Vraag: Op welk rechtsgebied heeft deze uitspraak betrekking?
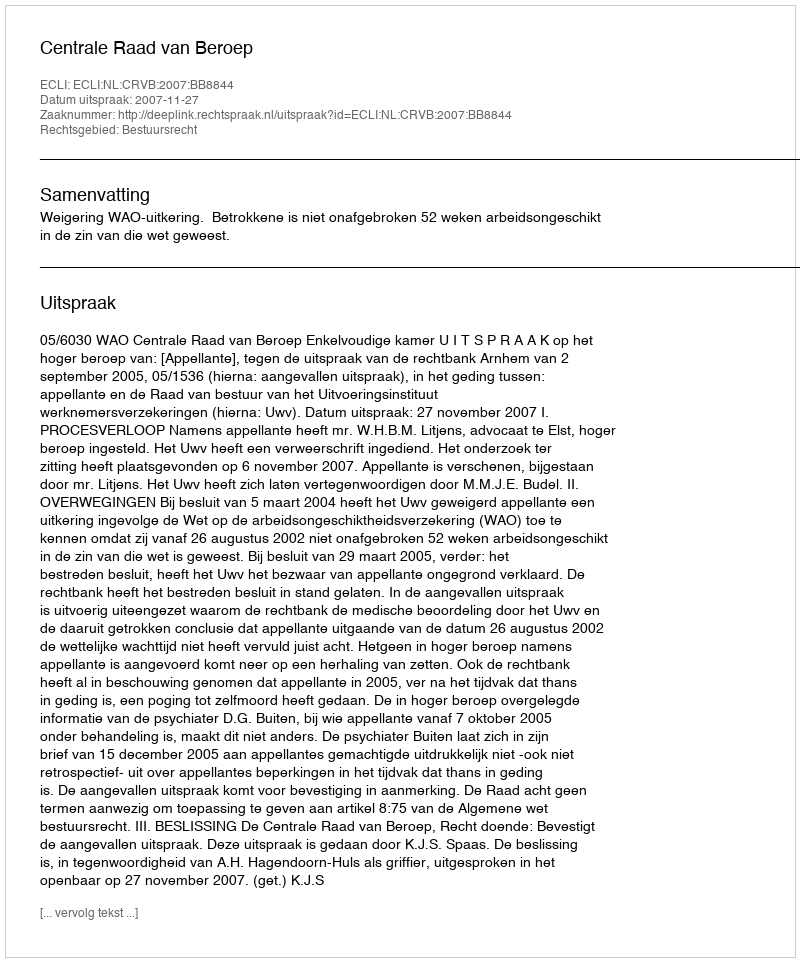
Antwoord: Bestuursrecht